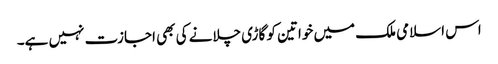
اس اسلامی ملک میں خواتین کو گاڑی چلانے کی بھی اجازت نہیں ہے۔